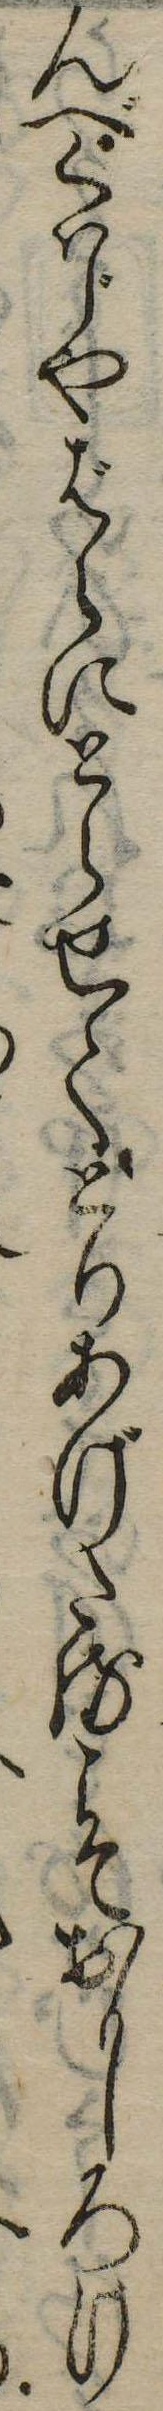
んべくはじやばらにとらせてとりあげたるこそおもしろけ